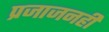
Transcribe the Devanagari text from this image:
प्रजाजनही